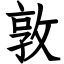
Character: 敦